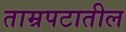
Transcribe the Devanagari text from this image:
ताम्रपटातील